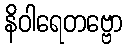
နိဝါရေတဗ္ဗော